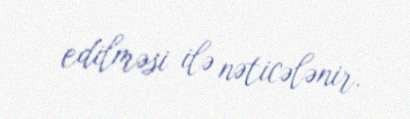
edilməsi ilə nəticələnir.